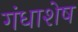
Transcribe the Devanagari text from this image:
गंधाशेष